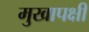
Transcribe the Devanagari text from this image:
मुखापक्षी